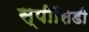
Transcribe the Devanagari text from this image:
स्पीसिडी